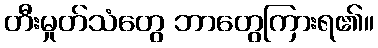
တီးမှုတ်သံတွေ ဘာတွေကြားရ၏။